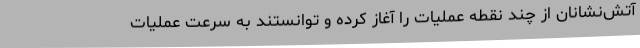
آتش‌نشانان از چند نقطه عملیات را آغاز کرده و توانستند به سرعت عملیات